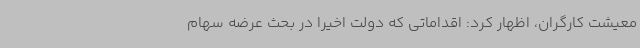
معیشت کارگران، اظهار کرد: اقداماتی که دولت اخیرا در بحث عرضه سهام